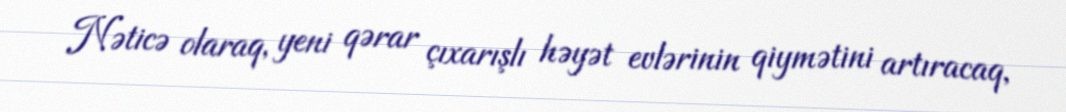
Nəticə olaraq, yeni qərar çıxarışlı həyət evlərinin qiymətini artıracaq,